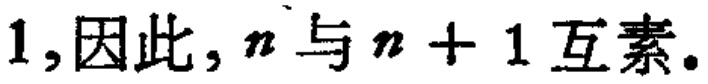
$1,因此,n与n + 1互素.$